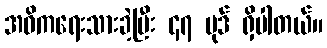
အဓိကရေးသားခဲ့ပြီး ၄၇ ပုဒ် ရှိပါတယ်။